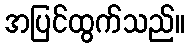
အပြင်ထွက်သည်။